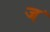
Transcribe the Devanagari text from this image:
ज॓